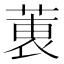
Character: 𫈶